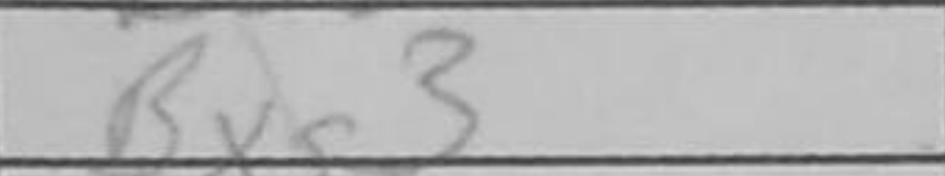
Transcription: Bxg3